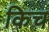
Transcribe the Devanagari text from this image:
किच